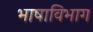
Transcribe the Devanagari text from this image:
भाषाविभाग